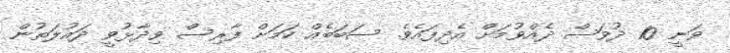
ވަނީ 10 ދުވަސް ދެއްވުމަށް އެދިފައެވެ. ސަބަބެއް ކަމަށް ފާރިސް ވިދާޅުވީ ދައުލަތުން